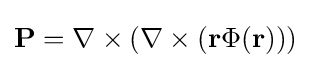
\mathbf {P} =\nabla \times (\nabla \times (\mathbf {r} \Phi (\mathbf {r} )))